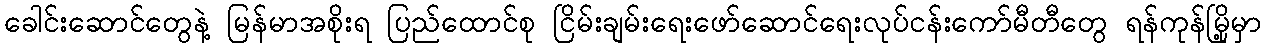
ခေါင်းဆောင်တွေနဲ့ မြန်မာအစိုးရ ပြည်ထောင်စု ငြိမ်းချမ်းရေးဖော်ဆောင်ရေးလုပ်ငန်းကော်မီတီတွေ ရန်ကုန်မြို့မှာ